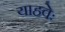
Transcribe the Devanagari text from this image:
याहवेः